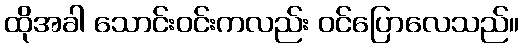
ထိုအခါ သောင်းဝင်းကလည်း ဝင်ပြောလေသည်။